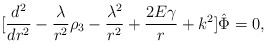
\begin{align*}\lbrack{d^2\over dr^2} -{\lambda\over r^2}\rho_3-{\lambda^2\over r^2}+{2E\gamma\over r}+ k^2\rbrack \hat\Phi=0,\end{align*}